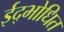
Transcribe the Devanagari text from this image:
ईद्भोधित